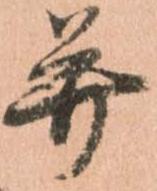
并